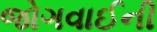
જોગવાઈની